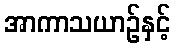
အာကာသယာဉ်နှင့်